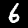
Label: 6